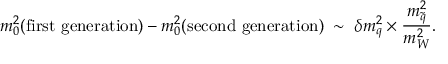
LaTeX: m _ { 0 } ^ { 2 } ( \mathrm { f i r s t ~ g e n e r a t i o n } ) - m _ { 0 } ^ { 2 } ( \mathrm { s e c o n d ~ g e n e r a t i o n } ) \; \sim \; \delta m _ { q } ^ { 2 } \times { \frac { m _ { \tilde { q } } ^ { 2 } } { m _ { W } ^ { 2 } } } .